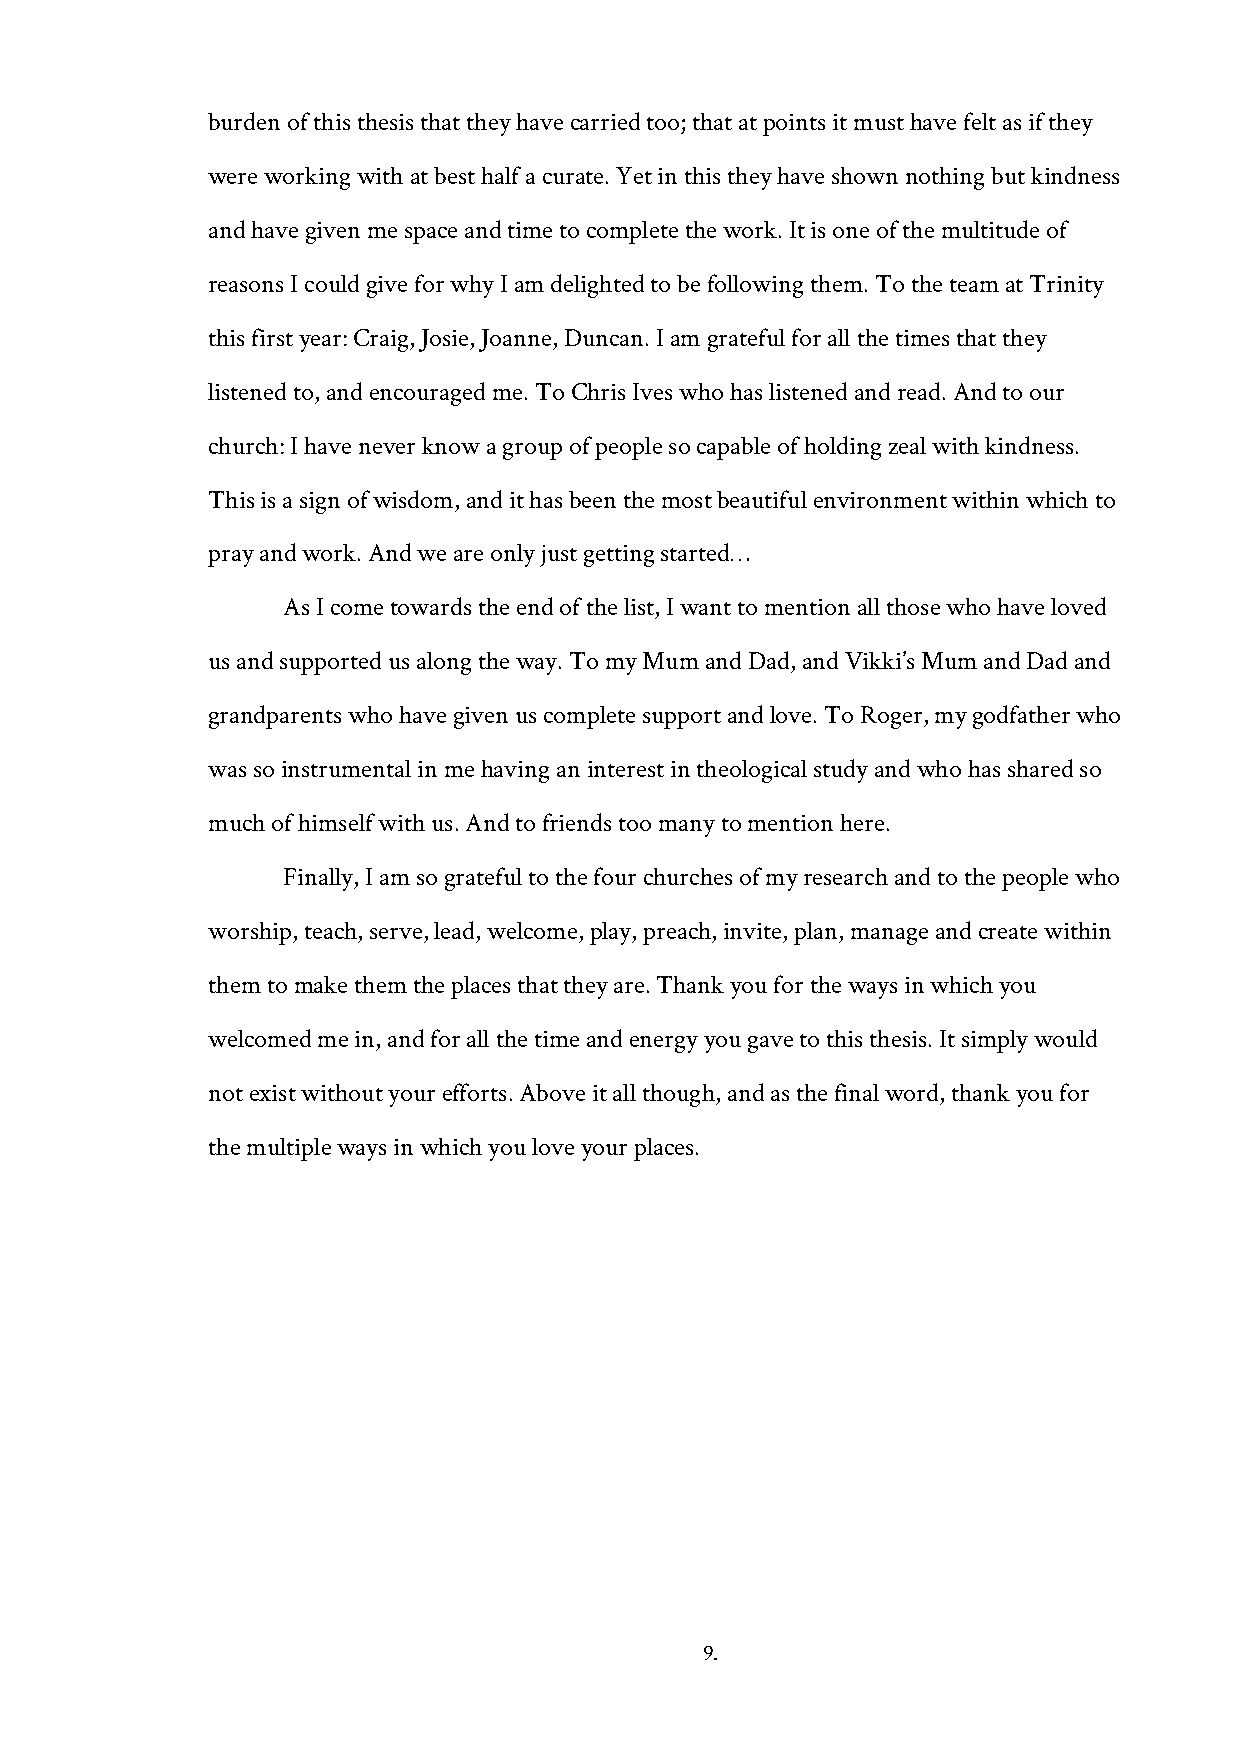
burden of this thesis that they have carried too; that at points it must have felt as if they
 were working with at best half a curate. Yet in this they have shown nothing but kindness
 and have given me space and time to complete the work. It is one of the multitude of
 reasons I could give for why I am delighted to be following them. To the team at Trinity
 this first year: Craig, Josie, Joanne, Duncan. I am grateful for all the times that they
 listened to, and encouraged me. To Chris Ives who has listened and read. And to our
 church: I have never know a group of people so capable of holding zeal with kindness.
 This is a sign of wisdom, and it has been the most beautiful environment within which to
 pray and work. And we are only just getting started…
 As I come towards the end of the list, I want to mention all those who have loved
 us and supported us along the way. To my Mum and Dad, and Vikki’s Mum and Dad and
 grandparents who have given us complete support and love. To Roger, my godfather who
 was so instrumental in me having an interest in theological study and who has shared so
 much of himself with us. And to friends too many to mention here.
 Finally, I am so grateful to the four churches of my research and to the people who
 worship, teach, serve, lead, welcome, play, preach, invite, plan, manage and create within
 them to make them the places that they are. Thank you for the ways in which you
 welcomed me in, and for all the time and energy you gave to this thesis. It simply would
 not exist without your efforts. Above it all though, and as the final word, thank you for
 the multiple ways in which you love your places.
 9.